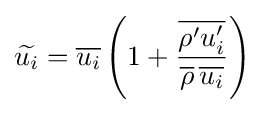
{\widetilde {u_{i}}}={\overline {u_{i}}}\left(1+{\frac {\overline {\rho 'u_{i}'}}{{\overline {\rho }}\,{\overline {u_{i}}}}}\right)